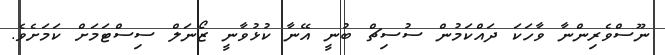
ނޫސްވެރިންނާ ވާހަކަ ދައްކަމުން ސުސިޗް ބުނީ އޭނާ ކުޅުވާނީ ޒޯނަލް ސިސްޓަމަށް ކަމަށެވެ.